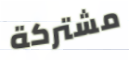
مشتركة